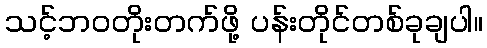
သင့်ဘဝတိုးတက်ဖို့ ပန်းတိုင်တစ်ခုချပါ။